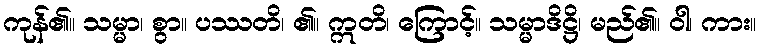
ကုန်၏။ သမ္မာ၊ စွာ။ ပဿတိ၊ ၏။ ဣတိ၊ ကြောင့်။ သမ္မာဒိဋ္ဌိ၊ မည်၏။ ဝါ၊ ကား။